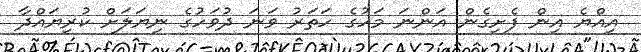
އިއްޔެ އިން ފެށިގެން އަންނަ މަހުގެ ހަތަރު ވަނަ ދުވަހުގެ ނިޔަލަށް ކުރިޔައްދާ